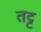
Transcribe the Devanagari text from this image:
तट्ट